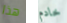
هذا خادم